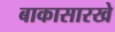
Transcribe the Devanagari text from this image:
बाकासारखे